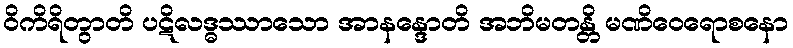
ဝိကိရိတွာတိ ပဋိလဒ္ဓဿာသော အာနန္ဒောတိ အဘိမတန္တိ မဏိဝေရောစနော